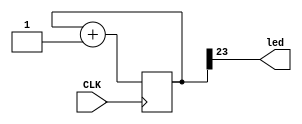
module Test (
  input CLK,    // 25MHz clock
  output led,   // LED to blink
);

  reg [23:0] counter = 0;

  always @(posedge CLK) 
    counter <= counter + 1;

  assign led = counter[23];

endmodule